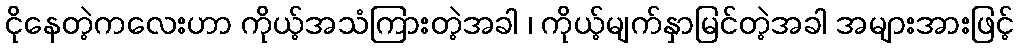
ငိုနေတဲ့ကလေးဟာ ကိုယ့်အသံကြားတဲ့အခါ ၊ ကိုယ့်မျက်နှာမြင်တဲ့အခါ အများအားဖြင့်